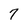
Character: 7